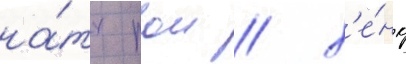
на́тх рои / х'е́нк